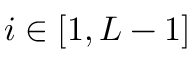
i \in [ 1 , { \cal L } - 1 ]